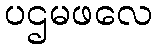
ပဌမဖလေ